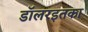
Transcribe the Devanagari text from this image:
डॉलरइतका